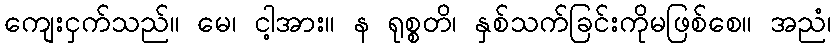
ကျေးငှက်သည်။ မေ၊ ငါ့အား။ န ရုစ္စတိ၊ နှစ်သက်ခြင်းကိုမဖြစ်စေ။ အညံ၊